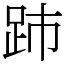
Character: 䟛